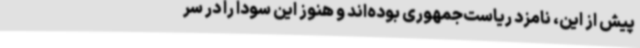
پیش از این، نامزد ریاست‌جمهوری بوده‌اند و هنوز این سودا را در سر